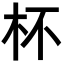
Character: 杯